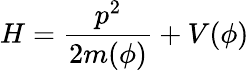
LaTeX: H=\frac{p^{2}}{2m(\phi)}+V(\phi)